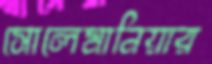
সোলেমানিয়ার